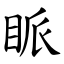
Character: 眽